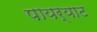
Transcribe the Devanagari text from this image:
पायर्याट